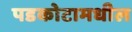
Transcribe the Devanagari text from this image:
पडकोटामधील